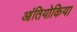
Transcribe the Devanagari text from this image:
आंतियोकिया